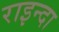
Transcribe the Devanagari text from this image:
राइन्दा